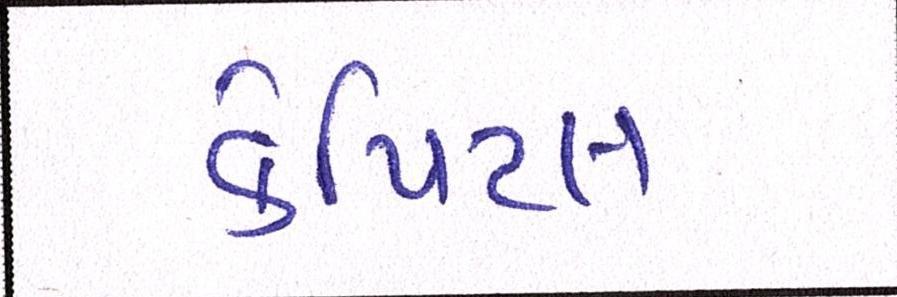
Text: કેપિટલ